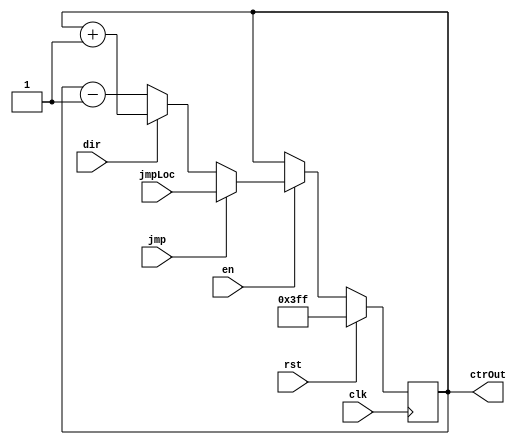
module ctr #(parameter width  = 10) (
    output [width-1:0] ctrOut,
    input clk,
    input rst,
    input en,
    input dir, // 0 -> Decrement , 1 -> Increment
    input jmp,
    input [width-1:0] jmpLoc
);



reg [width-1:0] ctrOutAux;


always @(posedge clk) begin
        if (rst)
            ctrOutAux <= {(width){1'b1}};
        else if(en) begin
            if (dir==1) // Increment
                ctrOutAux = ctrOutAux+{{(width-1){1'b0}},1'b1};
            else if (dir==0) // Decrement
                ctrOutAux = ctrOutAux-{{(width-1){1'b0}},1'b1};

            if (jmp)
                ctrOutAux = jmpLoc;
        end
end

assign ctrOut = ctrOutAux;

endmodule